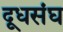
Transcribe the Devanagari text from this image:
दूधसंघ